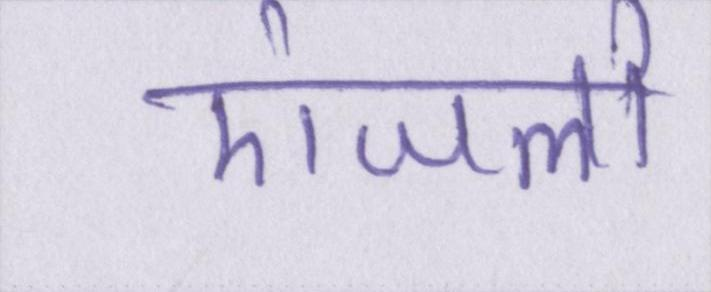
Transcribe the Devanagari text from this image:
एंजलो